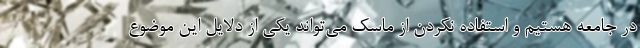
در جامعه هستیم و استفاده نکردن از ماسک می‌تواند یکی از دلایل این موضوع